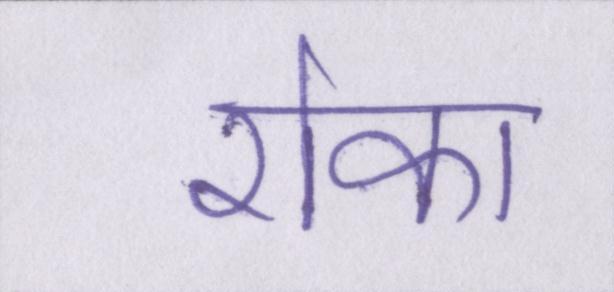
रोका